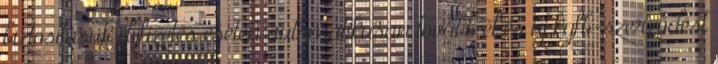
biztosításuk díjfizetés esetén automatikusan tovább él és új kgfb-szerződést